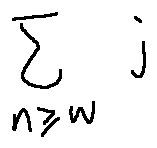
\sum \limits _ { n \geq w } j